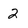
Character: 2